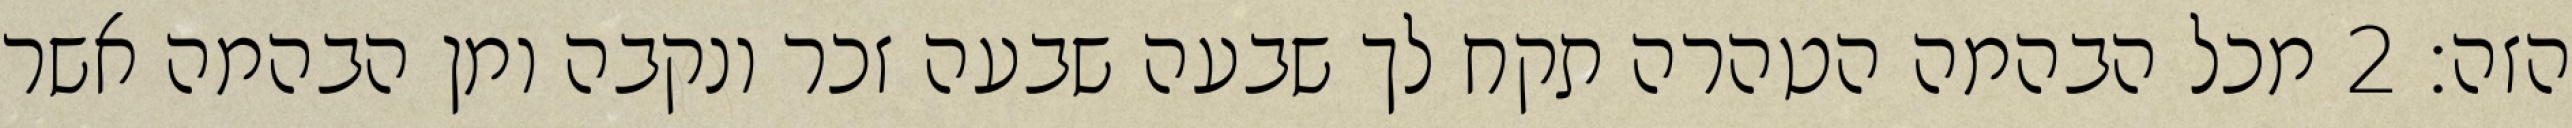
הזה׃ ‎2‏ מכל הבהמה הטהרה תקח לך שבעה שבעה זכר ונקבה ומן הבהמה אשר